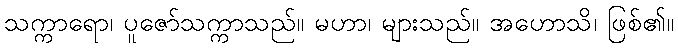
သက္ကာရော၊ ပူဇော်သက္ကာသည်။ မဟာ၊ များသည်။ အဟောသိ၊ ဖြစ်၏။